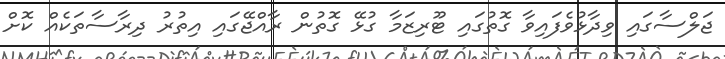
ޖަލްސާގައި ވިދާޅުވެފައިވާ ގޮތުގައި ޓޫރިޒަމާ ގުޅޭ ގޮތުން ރާއްޖޭގައި އިތުރު ދިރާސާތަކެއް ކޮށް